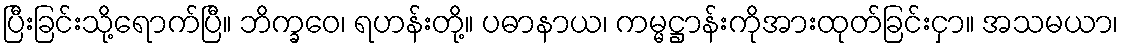
ပြီးခြင်းသို့ရောက်ပြီ။ ဘိက္ခဝေ၊ ရဟန်းတို့။ ပဓာနာယ၊ ကမ္မဋ္ဌာန်းကိုအားထုတ်ခြင်းငှာ။ အသမယာ၊